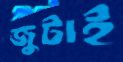
জুটাই